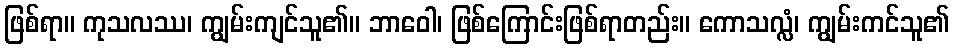
ဖြစ်ရာ။ ကုသလဿ၊ ကျွမ်းကျင်သူ၏။ ဘာဝေါ၊ ဖြစ်ကြောင်းဖြစ်ရာတည်း။ ကောသလ္လံ၊ ကျွမ်းကင်သူ၏